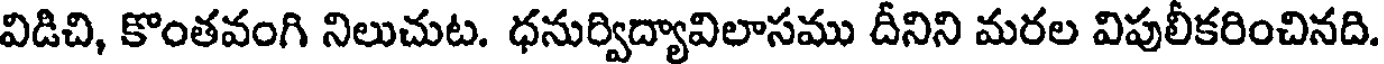
విడిచి, కొంతవంగి నిలుచుట. ధనుర్విద్యావిలాసము దీనిని మరల విపులీకరించినది